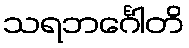
သရဘင်္ဂေါတိ